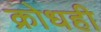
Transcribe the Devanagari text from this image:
क्रोधही